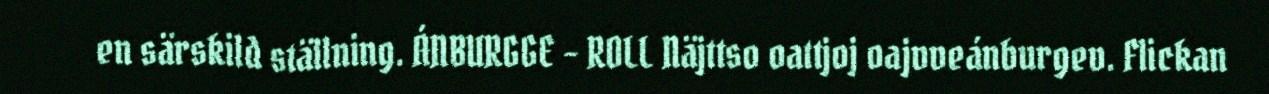
en särskild ställning. ÁNBURGGE - ROLL Näjttso oattjoj oajvveánburgev. Flickan